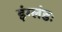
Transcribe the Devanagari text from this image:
इंग्लंडः